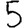
Digit: 5